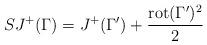
LaTeX: \begin{align*} SJ^+(\Gamma) = J^+(\Gamma') + \frac{\mathrm{rot}(\Gamma')^2}{2}\end{align*}